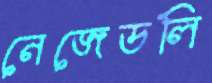
নেজেডলি